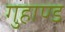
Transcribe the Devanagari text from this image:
गुहाण्ड